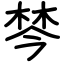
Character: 棽